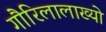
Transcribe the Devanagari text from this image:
गौरिलालाख्यो